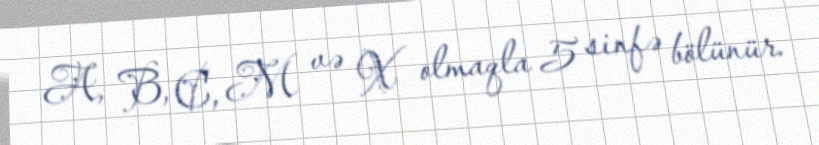
A, B, C, M və X olmaqla 5 sinfə bölünür.